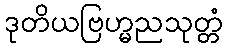
ဒုတိယဗြဟ္မညသုတ္တံ